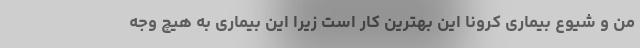
من و شیوع بیماری کرونا این بهترین کار است زیرا این بیماری به هیچ وجه